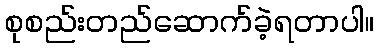
စုစည်းတည်ဆောက်ခဲ့ရတာပါ။